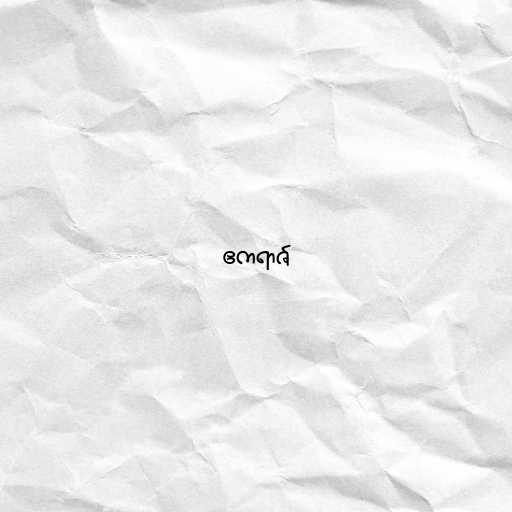
ဧကရာဇ်